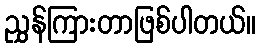
ညွှန်ကြားတာဖြစ်ပါတယ်။